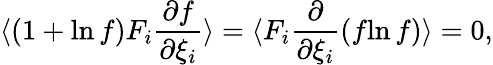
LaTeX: \langle(1+{\ln f})F_{i}\frac{\partial f}{\partial\xi_{i}}\rangle=\langle F_{i}\frac{\partial}{\partial\xi_{i}}(f{\ln f})\rangle=0,